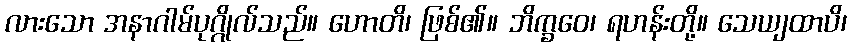
လားသော အနာဂါမ်ပုဂ္ဂိုလ်သည်။ ဟောတိ၊ ဖြစ်၏။ ဘိက္ခဝေ၊ ရဟန်းတို့။ သေယျထာပိ၊